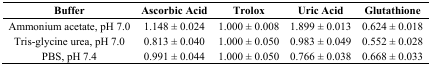
<table><thead><tr><td><b>Buffer</b></td><td><b>Ascorbic Acid</b></td><td><b>Trolox</b></td><td><b>Uric Acid</b></td><td><b>Glutathione</b></td></tr></thead><tbody><tr><td>Ammonium acetate, pH 7.0</td><td>1.148 ± 0.024</td><td>1.000 ± 0.008</td><td>1.899 ± 0.013</td><td>0.624 ± 0.018</td></tr><tr><td>Tris-glycine urea, pH 7.0</td><td>0.813 ± 0.040</td><td>1.000 ± 0.050</td><td>0.983 ± 0.049</td><td>0.552 ± 0.028</td></tr><tr><td>PBS, pH 7.4</td><td>0.991 ± 0.044</td><td>1.000 ± 0.050</td><td>0.766 ± 0.038</td><td>0.668 ± 0.033</td></tr></tbody></table>